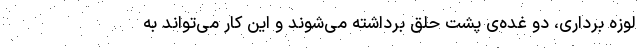
لوزه برداری، دو غده‌ی پشت حلق برداشته می‌شوند و این کار می‌تواند به